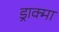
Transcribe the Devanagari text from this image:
ड्राक्मा